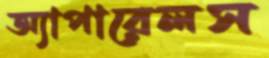
অ্যাপারেলস